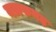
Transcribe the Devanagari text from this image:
नज़फगढ़